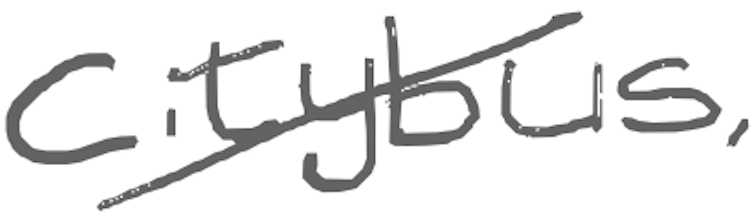
Text: Citybus,
Cross-out: diagonal
Writing tool: digital_gray